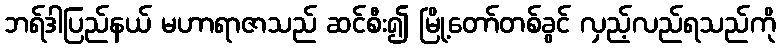
ဘရ်ဒါပြည်နယ် မဟာရာဇာသည် ဆင်စီး၍ မြို့တော်တစ်ခွင် လှည့်လည်ရသည်ကို